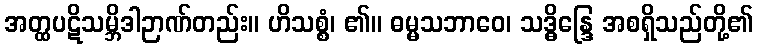
အတ္ထပဋိသမ္ဘိဒါဉာဏ်တည်း။ ဟိသစ္စံ၊ ၏။ ဓမ္မသဘာဝေ၊ သဒ္ဓိန္ဒြေ အစရှိသည်တို့၏